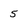
Character: 5